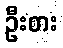
ဦးစား